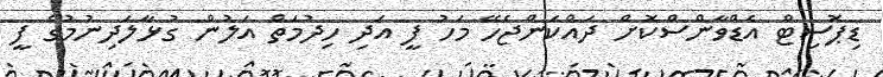
ޑިޕޮސިޓް އެޑްވާންސްކޮށް ދައްކަންޖެހޭ މަހު ފީ އަދި ހިދުމަތް އަލުން ގުޅާލަދިނުމުގެ ފީ